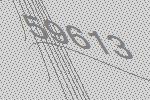
59613